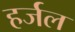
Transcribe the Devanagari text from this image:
हर्जल